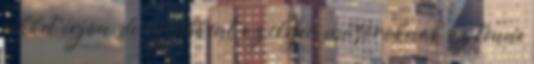
cikket írjon, de egyébként az ilyen műsoroknak az tenne